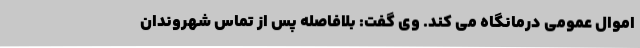
اموال عمومی درمانگاه می کند. وی گفت: بلافاصله پس از تماس شهروندان